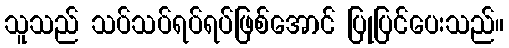
သူသည် သပ်သပ်ရပ်ရပ်ဖြစ်အောင် ပြုပြင်ပေးသည်။